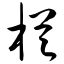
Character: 栏